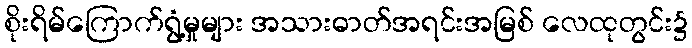
စိုးရိမ်ကြောက်ရွံ့မှုများ အသားဓာတ်အရင်းအမြစ် လေထုတွင်း၌